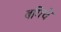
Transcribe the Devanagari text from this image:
बगिचे